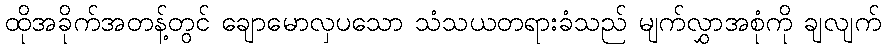
ထိုအခိုက်အတန့်တွင် ချောမောလှပသော သံသယတရားခံသည် မျက်လွှာအစုံကို ချလျက်